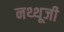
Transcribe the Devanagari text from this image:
नथ्थूजी